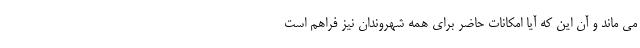
می ماند و آن این که آیا امکانات حاضر برای همه شهروندان نیز فراهم است